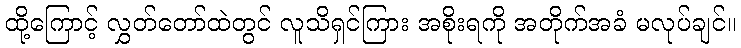
ထို့ကြောင့် လွှတ်တော်ထဲတွင် လူသိရှင်ကြား အစိုးရကို အတိုက်အခံ မလုပ်ချင်။